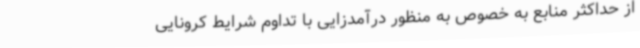
از حداکثر منابع به خصوص به منظور درآمدزایی با تداوم شرایط کرونایی